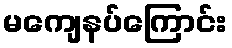
မကျေနပ်ကြောင်း